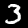
Digit: 3